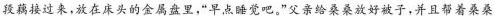
段藕接过来，放在床头的金属盘里，”早点睡觉吧。”父亲给桑桑放好被子，并且帮着桑桑